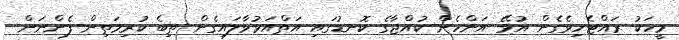
މީހަކު ރައްޓެހިވެގެން އުޅޭ އަންހެން ކުއްޖާގެ ކޮނޑުގައި އަތްއަޅުވާލައިގެން ތިބެ ކުރިމަތިން ފެންނަން